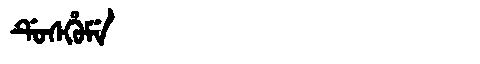
Manchu: ᡩᡠᠰᡥᡠᠮᡝ
Romanization: DUSHUME